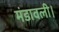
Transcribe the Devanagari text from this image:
मंडावली।